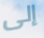
إلى